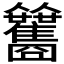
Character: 𩁰